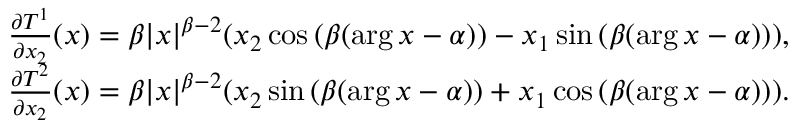
\begin{array} { r } { \frac { \partial T ^ { 1 } } { \partial x _ { 2 } } ( x ) = \beta | x | ^ { \beta - 2 } ( x _ { 2 } \cos { ( \beta ( \arg x - \alpha ) ) } - x _ { 1 } \sin { ( \beta ( \arg x - \alpha ) ) } ) , } \\ { \frac { \partial T ^ { 2 } } { \partial x _ { 2 } } ( x ) = \beta | x | ^ { \beta - 2 } ( x _ { 2 } \sin { ( \beta ( \arg x - \alpha ) ) } + x _ { 1 } \cos { ( \beta ( \arg x - \alpha ) ) } ) . } \end{array}